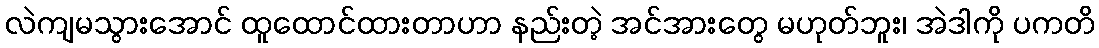
လဲကျမသွားအောင် ထူထောင်ထားတာဟာ နည်းတဲ့ အင်အားတွေ မဟုတ်ဘူး၊ အဲဒါကို ပကတိ